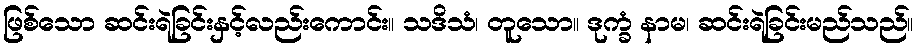
ဖြစ်သော ဆင်းရဲခြင်းနှင့်လည်းကောင်း။ သဒိသံ၊ တူသော။ ဒုက္ခံ နာမ၊ ဆင်းရဲခြင်းမည်သည်။